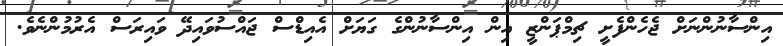
އިންސާނުންނަށް ޖެހެންފެށީ ޗިމްޕަންޒީ އިން އިންސާނުންގެ ގަޔަށް އެއިޑްސް ޖައްސުވައިދޭ ވައިރަސް އެރުމުންނެވެ.